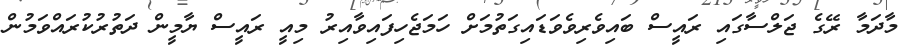
މާދަމާ ރޭގެ ޖަލްސާގައި ރައީސް ބައިވެރިވެވަޑައިގަތުމަށް ހަމަޖެހިފައިވާއިރު މިއީ ރައީސް ޔާމީން ދަތުރުކުރައްވަމުން